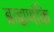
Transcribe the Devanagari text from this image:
ब्राह्मणौंके